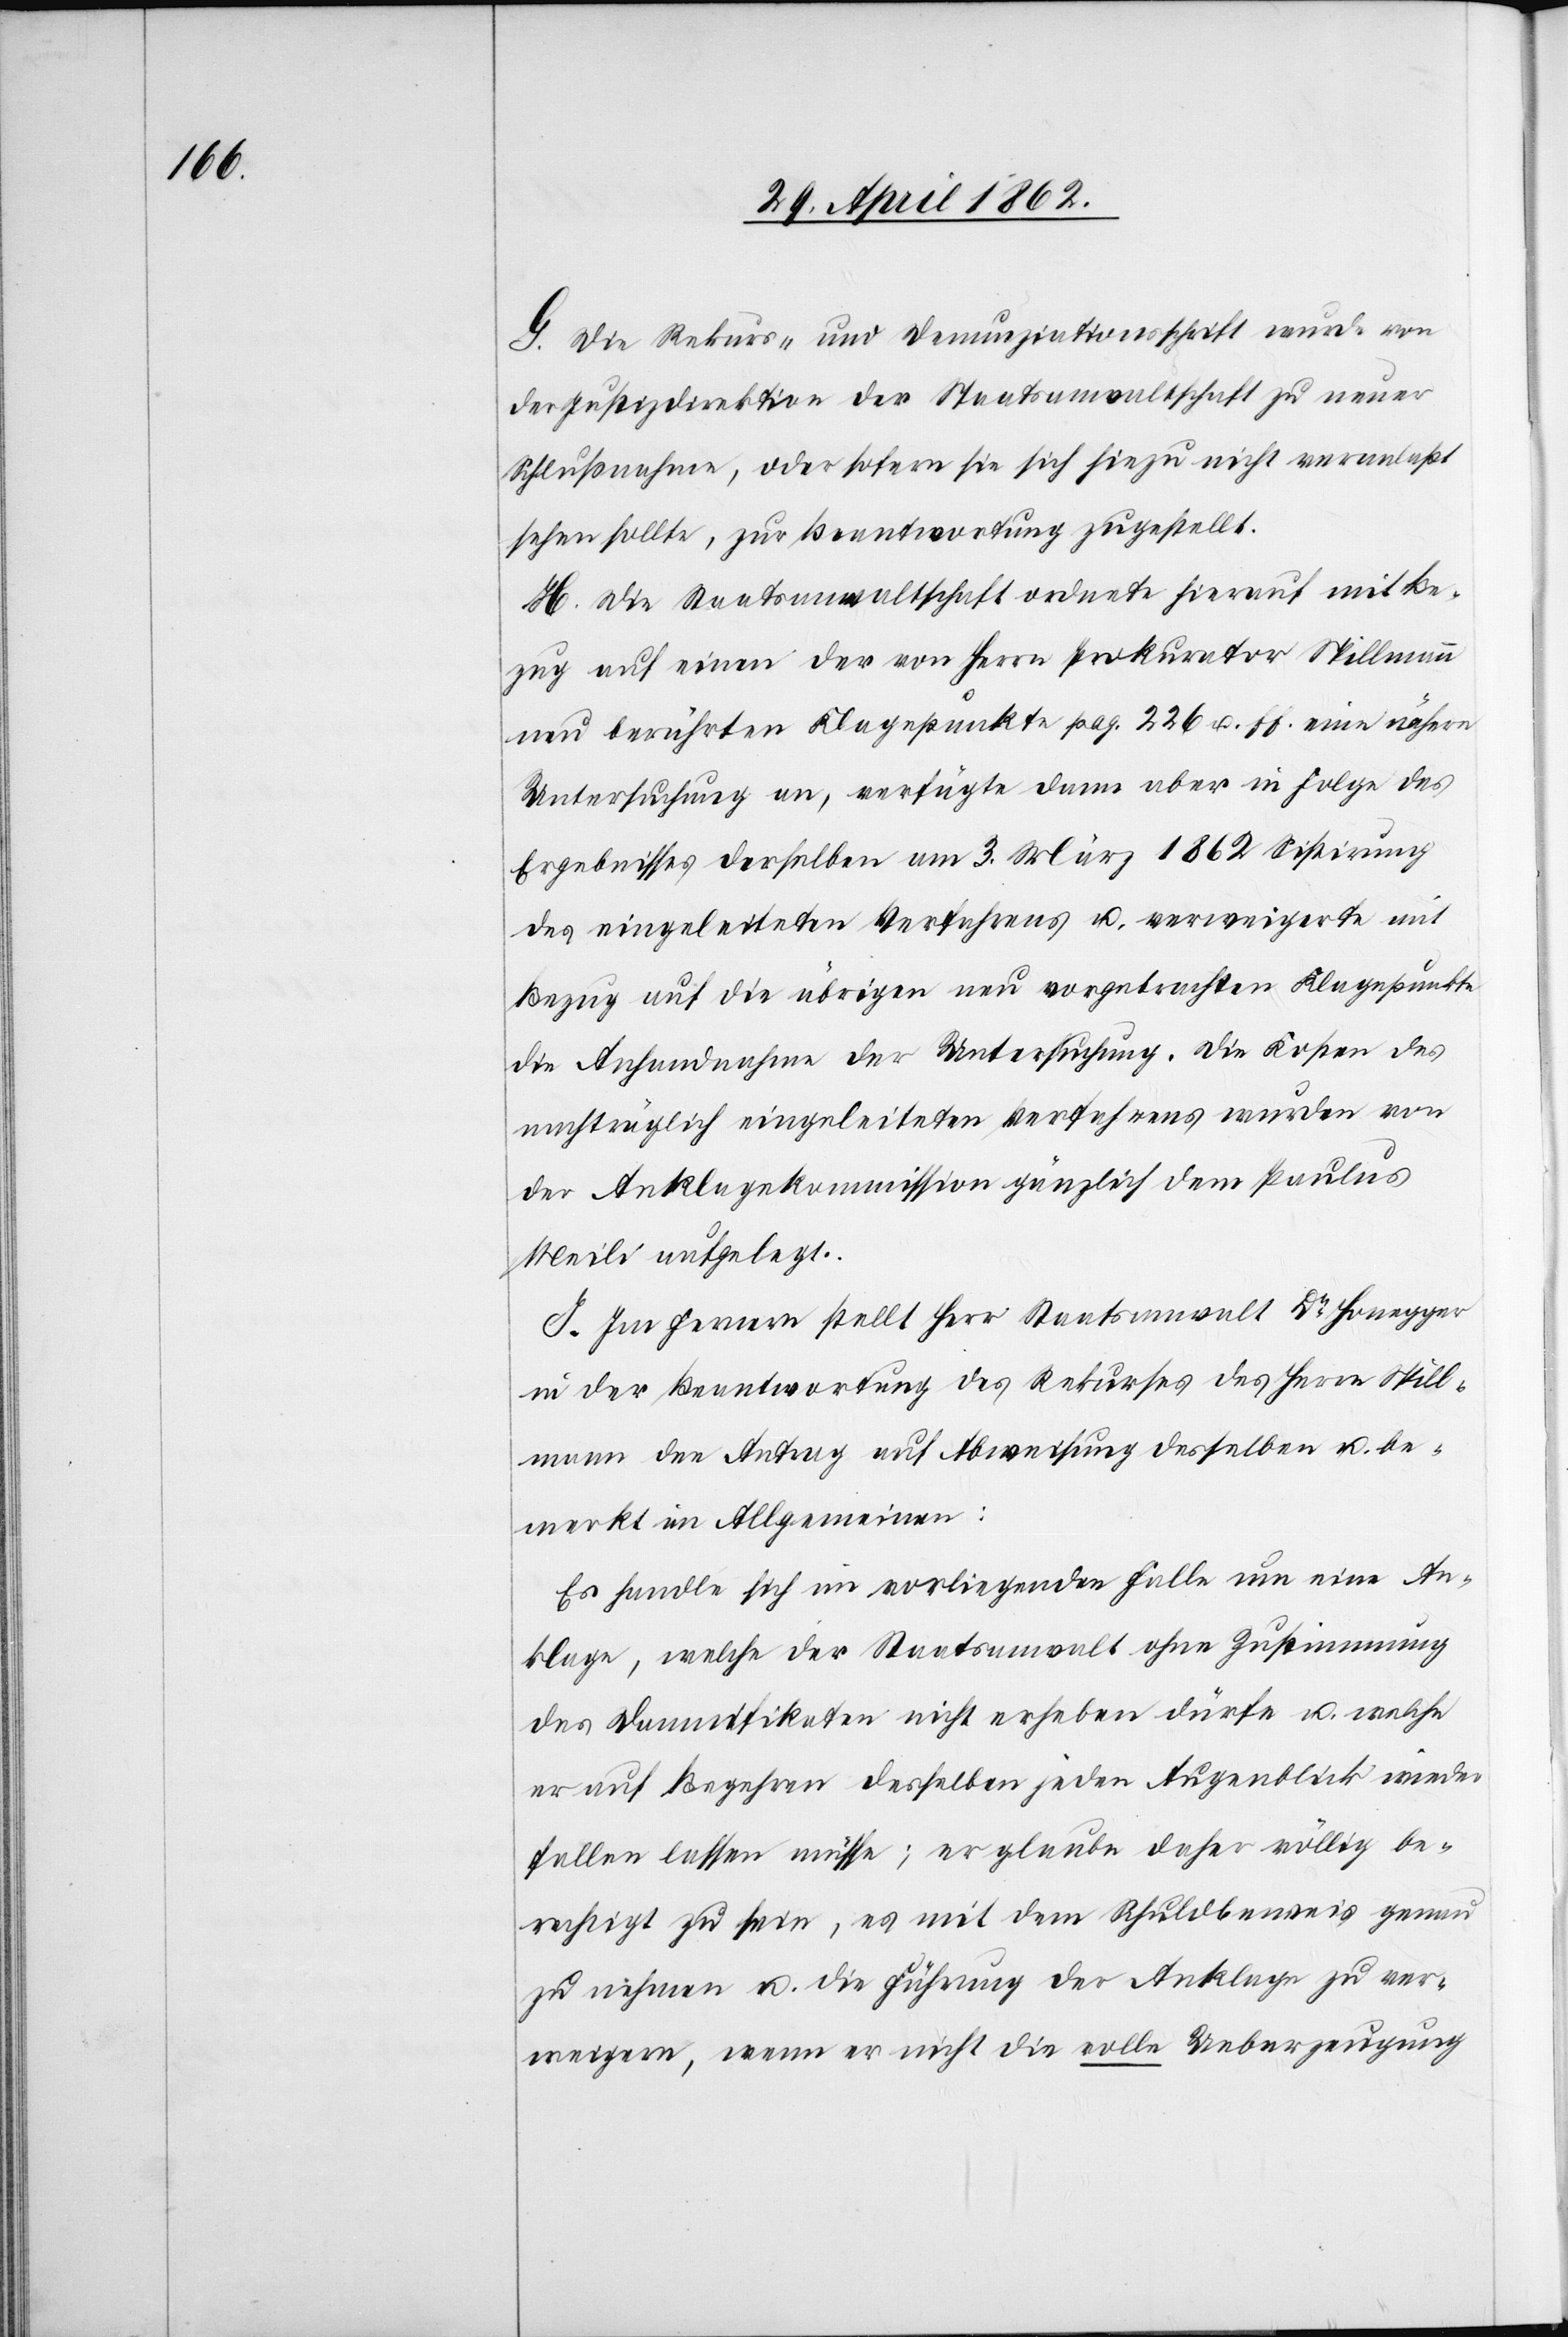
G. Die Rekurs- und Denunziationsschrift wurde von
der Justizdirektion der Staatsanwaltschaft zu neuer
Schlußnahme, oder sofern sie sich hiezu nicht veranlaßt
sehen sollte, zur Beantwortung zugestellt.
H. Die Staatsanwaltschaft ordnete hierauf mit Be¬
zug auf einen der von Herrn Prokurator Spillmann
neu berührten Klagepunkte pag. 226 u. ff. eine nähere
Untersuchung an, verfügte dann aber in Folge des
Ergebnisses derselben am 3. März 1862 Sistirung
des eingeleiteten Verfahrens u. verweigerte mit
Bezug auf die übrigen neu vorgebrachten Klagepunkte
die Anhandnahme der Untersuchung. Die Kosten des
nachträglich eingeleiteten Verfahrens wurden von
der Anklagekommission gänzlich dem Paulus
Meili aufgelegt.
J. Im Fernern stellt Herr Staatsanwalt Dr. Honegger
in der Beantwortung des Rekurses des Herrn Spill¬
mann den Antrag auf Abweisung desselben u. be¬
merkt im Allgemeinen:
Es handle sich im vorliegenden Falle um eine An¬
klage, welche der Staatsanwalt ohne Zustimmung
des Damnifikaten nicht erheben dürfe u. welche
er auf Begehren desselben jeden Augenblick wieder
fallen lassen müsse; er glaube daher völlig be¬
rechtigt zu sein, es mit dem Schuldbeweis genau
zu nehmen u. die Führung der Anklage zu ver¬
weigern, wenn er nicht die volle Ueberzeugung